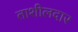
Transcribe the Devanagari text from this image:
ताशीलदार